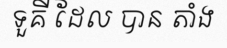
ទួគី ដែល បាន តាំង